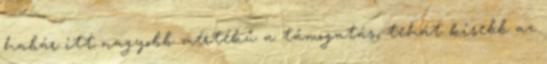
habár itt nagyobb mértékű a támogatás, tehát kisebb az